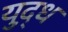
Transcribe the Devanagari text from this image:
युद़्ध